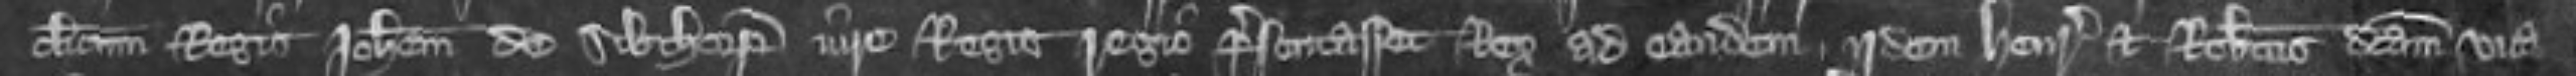
clericum Regis Johannem de Sibthorp iure Regis regio presentasset Rex ad eandem iidem Henricus et Robertus dictam vica